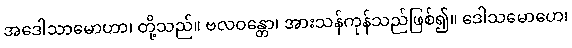
အဒေါသာမောဟာ၊ တို့သည်။ ဗလဝန္တော၊ အားသန်ကုန်သည်ဖြစ်၍။ ဒေါသမောဟေ၊